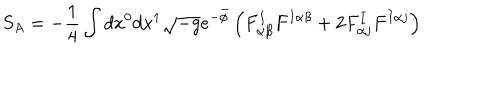
LaTeX: S _ { A } = - \frac { 1 } { 4 } \int d x ^ { 0 } d x ^ { 1 } \sqrt { - g } e ^ { - \bar { \phi } } \left( F _ { \alpha \beta } ^ { I } F ^ { I \alpha \beta } + 2 F _ { \alpha j } ^ { I } F ^ { I \alpha j } \right)